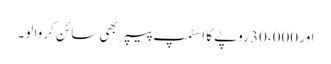
اور 30،000 روپے کا اسٹمپ پیپر بھی سائن کروا لو۔